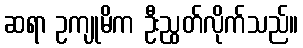
ဆရာ ဥကျုမိက ဦးညွတ်လိုက်သည်။